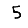
Digit: 5